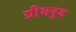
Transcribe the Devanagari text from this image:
ग्रीमवुड